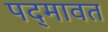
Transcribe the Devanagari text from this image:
पद्‍मावत